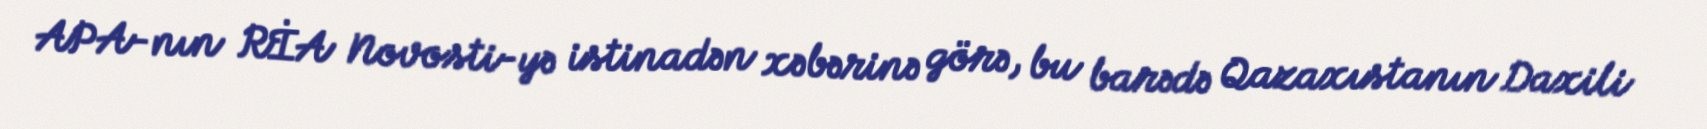
APA-nın RİA Novosti-yə istinadən xəbərinə görə, bu barədə Qazaxıstanın Daxili